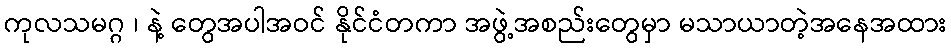
ကုလသမဂ္ဂ ၊ နဲ့ တွေအပါအဝင် နိုင်ငံတကာ အဖွဲ့အစည်းတွေမှာ မသာယာတဲ့အနေအထား